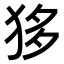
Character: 𤝻